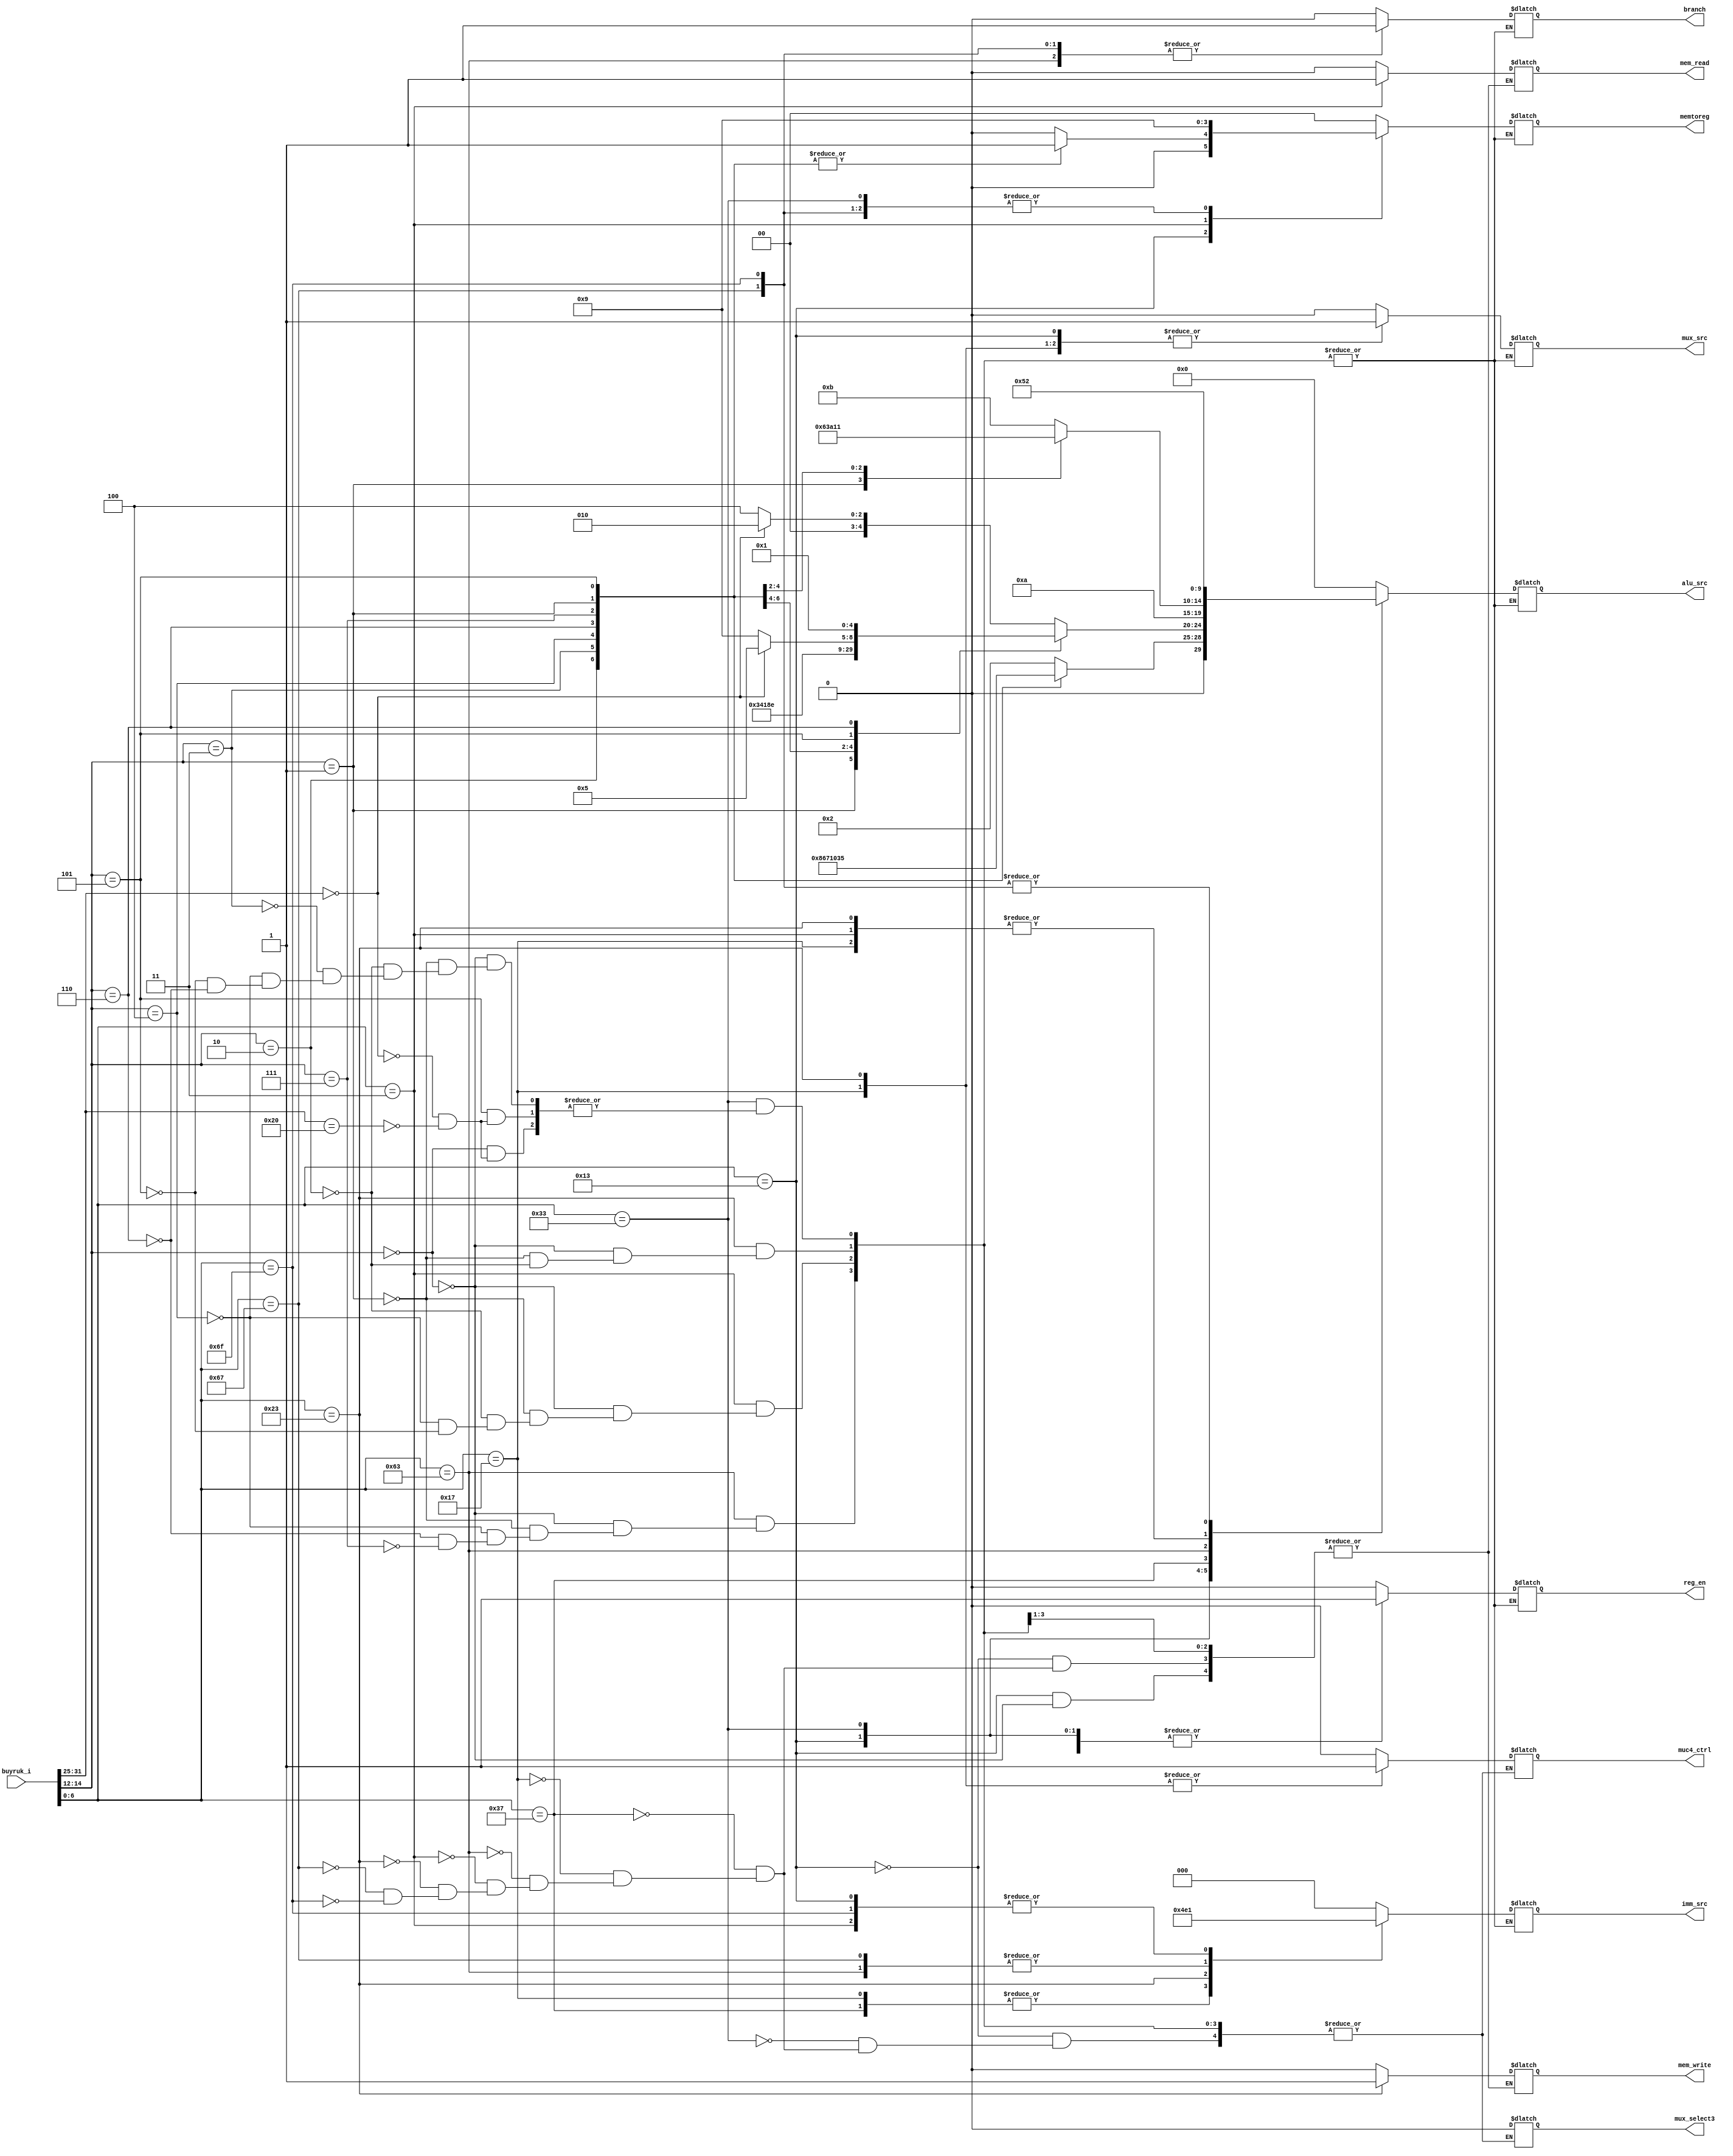
module control_unit (
        input [31:0]          buyruk_i,
        output reg [4:0]      alu_src,              // aluda yapılacak işlemi belirler  
        output reg            reg_en,               //* regwrite olarak geçiyor     registere yazıldığı durumda olacak
        output reg            mux_src,              //* alu src olarak ımm den gelen mi rs2 den gelen mi girecek onu belirliyor 
        output reg  [2:0]     imm_src,             // buyruk tiği seçicez imm generatorden kullanılmayanda önemlii değil
        output reg            mem_read,           //*   lw ve sw de kullanılacak    
        output reg            mem_write,         // *   lw ve sw de kullanılacak
        output reg  [1:0]     memtoreg,         //*     hepsinde olmalı lw ve sw hariç  
        output reg            mux_select3,      //* pc counterin nasıl artacağını belirleyen mux 
        output reg            muc4_ctrl,        // alunun rs1 girişinin önündeki mux
        output reg            branch            //*     zero çıkışıyla birlikte 1 olduğu durumda pc jalda kullanılacak sanırım             
);
wire [6:0] opcode;
wire [2:0] func3;
wire [6:0] func7;

assign opcode = buyruk_i[6:0];
assign func3  = buyruk_i[14:12];
assign func7  = buyruk_i[31:25];
always @(buyruk_i)begin
    case(opcode)
    7'b0010011: begin   //I type buyruklar 
                case(func3)     //func3 bölümü 
                3'b000: begin
//                        ADDI
                alu_src     <=  5'b00010;
                reg_en      <=  1'b1;
                mux_src     <=  1'b1;
                imm_src     <=  3'b001;
                memtoreg    <=  2'b00;
                branch      <=  1'b0;
                mem_read    <=  1'b0;
                mem_write   <=  1'b0;
                mux_select3 <=  1'b0;
                muc4_ctrl   <=  1'b0;
                        end
                3'b010: begin
//                       SLTI
                alu_src     <=  5'b01000;
                reg_en      <=  1'b1;
                mux_src     <=  1'b1;
                imm_src     <=  3'b001; 
                memtoreg    <=  1'b1;   
                branch      <=  1'b0; 
                mux_select3 <=  1'b0; 
                muc4_ctrl   <=  1'b0; 
                        end
                3'b011: begin
//                       SLTIU
                alu_src     <=  5'b00110;
                reg_en      <=  1'b1;
                mux_src     <=  1'b1;
                imm_src     <=  3'b001;  
                memtoreg    <=  1'b1; 
                branch      <=  1'b0;   
                mux_select3 <=  1'b0;
                muc4_ctrl   <=  1'b0; 
                        end
                3'b100: begin
//                       XORI
                alu_src     <=  5'b00111;
                reg_en      <=  1'b1;
                mux_src     <=  1'b1;
                imm_src     <=  3'b0001;  
                memtoreg    <=  1'b1;  
                branch      <=  1'b0;
                mux_select3 <=  1'b0;   
                muc4_ctrl   <=  1'b0; 
                        end
                3'b110: begin
//                       ORI
                alu_src     <=  5'b00001;
                reg_en      <=  1'b1;
                mux_src     <=  1'b1;
                imm_src     <=  3'b001;
                memtoreg    <=  1'b1;  
                branch      <=  1'b0;
                mux_select3 <=  1'b0; 
                muc4_ctrl   <=  1'b0;     
                        end                                              
                 3'b111: begin
//                       ANDI
                alu_src     <=  5'b00000;
                reg_en      <=  1'b1;
                mux_src     <=  1'b1;
                imm_src     <=  3'b001;  
                memtoreg    <=  1'b1;  
                branch      <=  1'b0;
                mux_select3 <=  1'b0;  
                muc4_ctrl   <=  1'b0;  
                        end  
                 3'b001: begin
//                      SLLI 
                alu_src     <=  5'b00011;
                reg_en      <=  1'b1;
                mux_src     <=  1'b1;
                imm_src     <=  3'b001;  
                memtoreg    <=  1'b1;  
                branch      <=  1'b0; 
                mux_select3 <=  1'b0;
                muc4_ctrl   <=  1'b0;   
                        end   
                 3'b101: begin
//                      SRLI 
                alu_src     <=  5'b00101;
                reg_en      <=  1'b1;
                mux_src     <=  1'b1;
                imm_src     <=  3'b001;  
                memtoreg    <=  1'b1;  
                branch      <=  1'b0;
                mux_select3 <=  1'b0; 
                muc4_ctrl   <=  1'b0;   
                        end    
                 3'b101: begin
//                     SRAI  
                alu_src     <=  5'b01001;
                reg_en      <=  1'b1;
                mux_src     <=  1'b1;
                imm_src     <=  3'b001;  
                memtoreg    <=  1'b1;  
                branch      <=  1'b0;
                mux_select3 <=  1'b0;  
                muc4_ctrl   <=  1'b0;  
                        end               
                endcase
                end
    7'b0110011: begin   // R- type buyruklar
                case(func3) 
                3'b000: begin
                            if(func7 == 7'b0000000)begin                //ADD
                            alu_src     <=  5'b00010;
                            reg_en      <=  1'b1;
                            mux_src     <=  1'b0;
                            imm_src     <=  3'b000;
                            memtoreg    <=  1'b1;   
                            branch      <=  1'b0; 
                            mux_select3 <=  1'b0;
                            muc4_ctrl   <=  1'b0;
                            end else if(func7 == 7'b0100000) begin      //SUB
                            alu_src     <=  5'b00100;
                            reg_en      <=  1'b1;
                            mux_src     <=  1'b0;
                            imm_src     <=  3'b000;
                            memtoreg    <=  1'b1;   
                            branch      <=  1'b0; 
                            mux_select3 <=  1'b0;
                            muc4_ctrl   <=  1'b0;
                            end
                        end
                3'b001: begin                                           //SLL
                            alu_src     <=  5'b00011;
                            reg_en      <=  1'b1;
                            mux_src     <=  1'b0;
                            imm_src     <=  3'b000;
                            memtoreg    <=  1'b1;
                            branch      <=  1'b0; 
                            mux_select3 <=  1'b0;
                            muc4_ctrl   <=  1'b0;
                        end
                3'b010: begin                                           //SLT
                            alu_src     <=  5'b01000;
                            reg_en      <=  1'b1;
                            mux_src     <=  1'b0;
                            imm_src     <=  3'b000;
                            memtoreg    <=  1'b1;
                            branch      <=  1'b0; 
                            mux_select3 <=  1'b0;
                            muc4_ctrl   <=  1'b0;
                        end
                3'b011: begin                                           //SLTU
                            alu_src     <=  5'b00110;
                            reg_en      <=  1'b1;
                            mux_src     <=  1'b0;
                            imm_src     <=  3'b000;
                            memtoreg    <=  1'b1;
                            branch      <=  1'b0; 
                            mux_select3 <=  1'b0;
                            muc4_ctrl   <=  1'b0;
                        end
                3'b100: begin                                           //XOR
                            alu_src     <=  5'b00111;
                            reg_en      <=  1'b1;
                            mux_src     <=  1'b0;
                            imm_src     <=  3'b000;
                            memtoreg    <=  1'b1;
                            branch      <=  1'b0; 
                            mux_select3 <=  1'b0;
                            muc4_ctrl   <=  1'b0;
                        end
                3'b101: begin                                              
                            if(func7 == 7'b0000000) begin                             //SRL
                            alu_src     <=  5'b00101;
                            reg_en      <=  1'b1;
                            mux_src     <=  1'b0;
                            imm_src     <=  3'b000;
                            memtoreg    <=  1'b1;
                            branch      <=  1'b0; 
                            mux_select3 <=  1'b0;
                            muc4_ctrl   <=  1'b0;
                            end else if(func7 == 7'b0100000 ) begin                   //SRA  
                            alu_src     <=  5'b01001;
                            reg_en      <=  1'b1;
                            mux_src     <=  1'b0;
                            imm_src     <=  3'b000;
                            memtoreg    <=  1'b1;
                            branch      <=  1'b0; 
                            mux_select3 <=  1'b0;
                            muc4_ctrl   <=  1'b0;
                            end
                        end
                3'b110: begin                                           //OR
                            alu_src     <=  5'b00001;
                            reg_en      <=  1'b1;
                            mux_src     <=  1'b0;
                            imm_src     <=  3'b000;
                            memtoreg    <=  1'b1;
                            branch      <=  1'b0;
                            mux_select3 <=  1'b0;
                            muc4_ctrl   <=  1'b0; 
                        end
                3'b111: begin                                           //AND       
                             
                        end
                
                endcase
                end
    7'b0110111: begin       //LUI 
                            alu_src     <=  5'b01010;
                            reg_en      <=  1'b1;
                            mux_src     <=  1'b1;
                            imm_src     <=  3'b010;
                            memtoreg    <=  2'b00;
                            branch      <=  1'b0;
                            mem_read    <=  1'b0;
                            mem_write   <=  1'b0;
                            mux_select3 <=  1'b0;
                            muc4_ctrl   <=  1'b0;
                end
    7'b0010111: begin       //AUIPC
                            alu_src     <=  5'b00010;
                            reg_en      <=  1'b1;
                            mux_src     <=  1'b1;
                            imm_src     <=  3'b010;
                            memtoreg    <=  2'b00;
                            branch      <=  1'b0;
                            mem_read    <=  1'b0;
                            mem_write   <=  1'b0;
                            mux_select3 <=  1'b0;
                            muc4_ctrl   <=  1'b1;
                end            
    7'b1100011: begin           // B- type buyruklar 
                    case(func3)
                    3'b000: begin                                                 //BEQ
                                alu_src     <=  5'b01011;
                                reg_en      <=  1'b1;
                                mux_src     <=  1'b0;
                                imm_src     <=  3'b100;
                                memtoreg    <=  2'b00;
                                branch      <=  1'b1;
                                mem_read    <=  1'b0;
                                mem_write   <=  1'b0;
                                mux_select3 <=  1'b0;
                                muc4_ctrl   <=  1'b0;        
                            end
                    3'b001: begin                                               // BNE
                                alu_src     <=  5'b01100;
                                reg_en      <=  1'b1;
                                mux_src     <=  1'b0;
                                imm_src     <=  3'b100;
                                memtoreg    <=  2'b00;
                                branch      <=  1'b1;
                                mem_read    <=  1'b0;
                                mem_write   <=  1'b0;
                                mux_select3 <=  1'b0;
                                muc4_ctrl   <=  1'b0; 
                            end
                    3'b100: begin                                               //BLT
                                alu_src     <=  5'b01110;
                                reg_en      <=  1'b1;
                                mux_src     <=  1'b0;
                                imm_src     <=  3'b100;
                                memtoreg    <=  2'b00;
                                branch      <=  1'b1;
                                mem_read    <=  1'b0;
                                mem_write   <=  1'b0;
                                mux_select3 <=  1'b0;
                                muc4_ctrl   <=  1'b0; 
                            end
                    3'b100: begin                                               //BGE
                                alu_src     <=  5'b01111;
                                reg_en      <=  1'b1;
                                mux_src     <=  1'b0;
                                imm_src     <=  3'b100;
                                memtoreg    <=  2'b00;
                                branch      <=  1'b1;
                                mem_read    <=  1'b0;
                                mem_write   <=  1'b0;
                                mux_select3 <=  1'b0;
                                muc4_ctrl   <=  1'b0; 
                            end
                    3'b110: begin                                               //BLTU
                                alu_src     <=  5'b10000;
                                reg_en      <=  1'b1;
                                mux_src     <=  1'b0;
                                imm_src     <=  3'b100;
                                memtoreg    <=  2'b00;
                                branch      <=  1'b1;
                                mem_read    <=  1'b0;
                                mem_write   <=  1'b0;
                                mux_select3 <=  1'b0;
                                muc4_ctrl   <=  1'b0; 
                            end
                    3'b111: begin                                               //BGEU
                                alu_src     <=  5'b10001;
                                reg_en      <=  1'b1;
                                mux_src     <=  1'b0;
                                imm_src     <=  3'b100;
                                memtoreg    <=  2'b00;
                                branch      <=  1'b1;
                                mem_read    <=  1'b0;
                                mem_write   <=  1'b0;
                                mux_select3 <=  1'b0;
                                muc4_ctrl   <=  1'b0; 
                            end
                    endcase
                end
    7'b0000011: begin            //I type
                    case(func3)
                    3'b000: begin       //LB
                                alu_src     <=  5'b00010;
                                reg_en      <=  1'b1;
                                mux_src     <=  1'b0;
                                imm_src     <=  3'b001;
                                memtoreg    <=  2'b10;
                                branch      <=  1'b0;
                                mem_read    <=  1'b1;
                                mem_write   <=  1'b0;
                                mux_select3 <=  1'b0;
                                muc4_ctrl   <=  1'b0; 
                            end
                    3'b001: begin       //LH
                                alu_src     <=  5'b00010;
                                reg_en      <=  1'b1;
                                mux_src     <=  1'b0;
                                imm_src     <=  3'b001;
                                memtoreg    <=  2'b10;
                                branch      <=  1'b0;
                                mem_read    <=  1'b1;
                                mem_write   <=  1'b0;
                                mux_select3 <=  1'b0;
                                muc4_ctrl   <=  1'b0;
                            end
                    3'b010: begin       //LW
                                alu_src     <=  5'b00010;
                                reg_en      <=  1'b1;
                                mux_src     <=  1'b0;
                                imm_src     <=  3'b001;
                                memtoreg    <=  2'b10;
                                branch      <=  1'b0;
                                mem_read    <=  1'b1;
                                mem_write   <=  1'b0;
                                mux_select3 <=  1'b0;
                                muc4_ctrl   <=  1'b0;
                            end
                    3'b100: begin       //LBU
                                alu_src     <=  5'b00010;
                                reg_en      <=  1'b1;
                                mux_src     <=  1'b0;
                                imm_src     <=  3'b001;
                                memtoreg    <=  2'b10;
                                branch      <=  1'b0;
                                mem_read    <=  1'b1;
                                mem_write   <=  1'b0;
                                mux_select3 <=  1'b0;
                                muc4_ctrl   <=  1'b0;
                            end
                    3'b101: begin       //LHU
                                alu_src     <=  5'b00010;
                                reg_en      <=  1'b1;
                                mux_src     <=  1'b0;
                                imm_src     <=  3'b001;
                                memtoreg    <=  2'b10;
                                branch      <=  1'b0;
                                mem_read    <=  1'b1;
                                mem_write   <=  1'b0;
                                mux_select3 <=  1'b0;
                                muc4_ctrl   <=  1'b0;
                            end
                    endcase
                end
    7'b0100011: begin                               // S- Type
                    case(func3)
                    3'b000: begin           //SB
                                alu_src     <=  5'b00010;
                                reg_en      <=  1'b0;
                                mux_src     <=  1'b1;
                                imm_src     <=  3'b011;
                                memtoreg    <=  2'b00;
                                branch      <=  1'b0;
                                mem_read    <=  1'b0;
                                mem_write   <=  1'b1;
                                mux_select3 <=  1'b0;
                                muc4_ctrl   <=  1'b1;   
                            end
                    3'b001: begin           //SH
                                alu_src     <=  5'b00010;
                                reg_en      <=  1'b0;
                                mux_src     <=  1'b1;
                                imm_src     <=  3'b011;
                                memtoreg    <=  2'b00;
                                branch      <=  1'b0;
                                mem_read    <=  1'b0;
                                mem_write   <=  1'b1;
                                mux_select3 <=  1'b0;
                                muc4_ctrl   <=  1'b1; 
                            end
                    3'b010: begin           //SW
                                alu_src     <=  5'b00010;
                                reg_en      <=  1'b0;
                                mux_src     <=  1'b1;
                                imm_src     <=  3'b011;
                                memtoreg    <=  2'b00;
                                branch      <=  1'b0;
                                mem_read    <=  1'b0;
                                mem_write   <=  1'b1;
                                mux_select3 <=  1'b0;
                                muc4_ctrl   <=  1'b1; 
                            end
                    endcase
                end
    7'b1100111: begin       // JALR
                                alu_src     <=  5'b10010;
                                reg_en      <=  1'b1;
                                mux_src     <=  1'b0;
                                imm_src     <=  3'b100;
                                memtoreg    <=  2'b01;
                                branch      <=  1'b1;
                                mem_read    <=  1'b0;
                                mem_write   <=  1'b0;
                                mux_select3 <=  1'b0;
                                muc4_ctrl   <=  1'b0;
                end
    7'b1101111: begin       //JAL
                                alu_src     <=  5'b10010;
                                reg_en      <=  1'b1;
                                mux_src     <=  1'b0;
                                imm_src     <=  3'b001;
                                memtoreg    <=  2'b01;
                                branch      <=  1'b1;
                                mem_read    <=  1'b0;
                                mem_write   <=  1'b0;
                                mux_select3 <=  1'b0;
                                muc4_ctrl   <=  1'b0;
                end
    default: begin
             begin   
                alu_src     <=  5'b0000;
                reg_en      <=  1'b0;
                mux_src     <=  1'b0;
                imm_src     <=  3'b000;
                memtoreg    <=  1'b0;
                branch      <=  1'b0; 
                end
             end
    endcase
end

endmodule